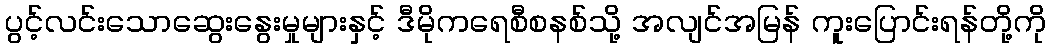
ပွင့်လင်းသောဆွေးနွေးမှုများနှင့် ဒီမိုကရေစီစနစ်သို့ အလျင်အမြန် ကူးပြောင်းရန်တို့ကို